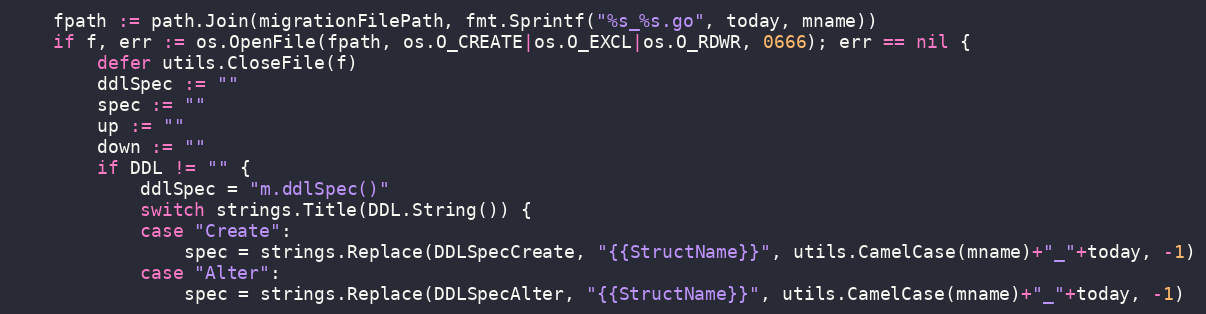
Language: Go
	fpath := path.Join(migrationFilePath, fmt.Sprintf("%s_%s.go", today, mname))
	if f, err := os.OpenFile(fpath, os.O_CREATE|os.O_EXCL|os.O_RDWR, 0666); err == nil {
		defer utils.CloseFile(f)
		ddlSpec := ""
		spec := ""
		up := ""
		down := ""
		if DDL != "" {
			ddlSpec = "m.ddlSpec()"
			switch strings.Title(DDL.String()) {
			case "Create":
				spec = strings.Replace(DDLSpecCreate, "{{StructName}}", utils.CamelCase(mname)+"_"+today, -1)
			case "Alter":
				spec = strings.Replace(DDLSpecAlter, "{{StructName}}", utils.CamelCase(mname)+"_"+today, -1)